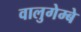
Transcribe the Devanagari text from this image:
वालुगेम्बे